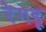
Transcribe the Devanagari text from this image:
रेगङू